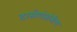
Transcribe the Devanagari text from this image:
दासोपंतांनीच